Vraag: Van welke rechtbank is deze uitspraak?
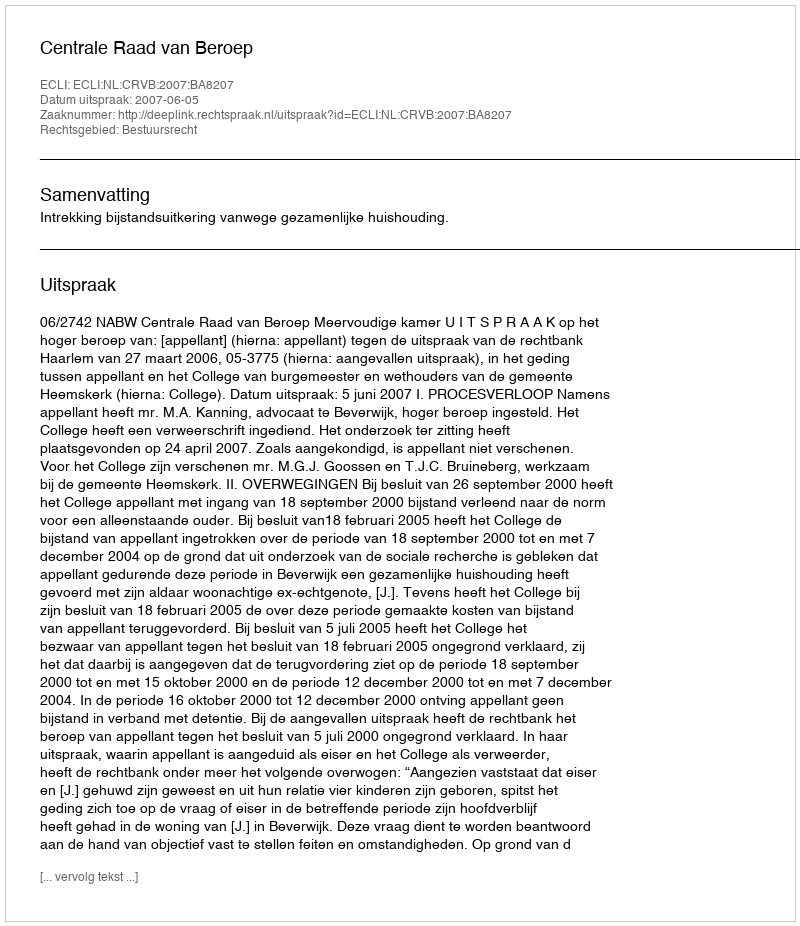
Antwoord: Centrale Raad van Beroep